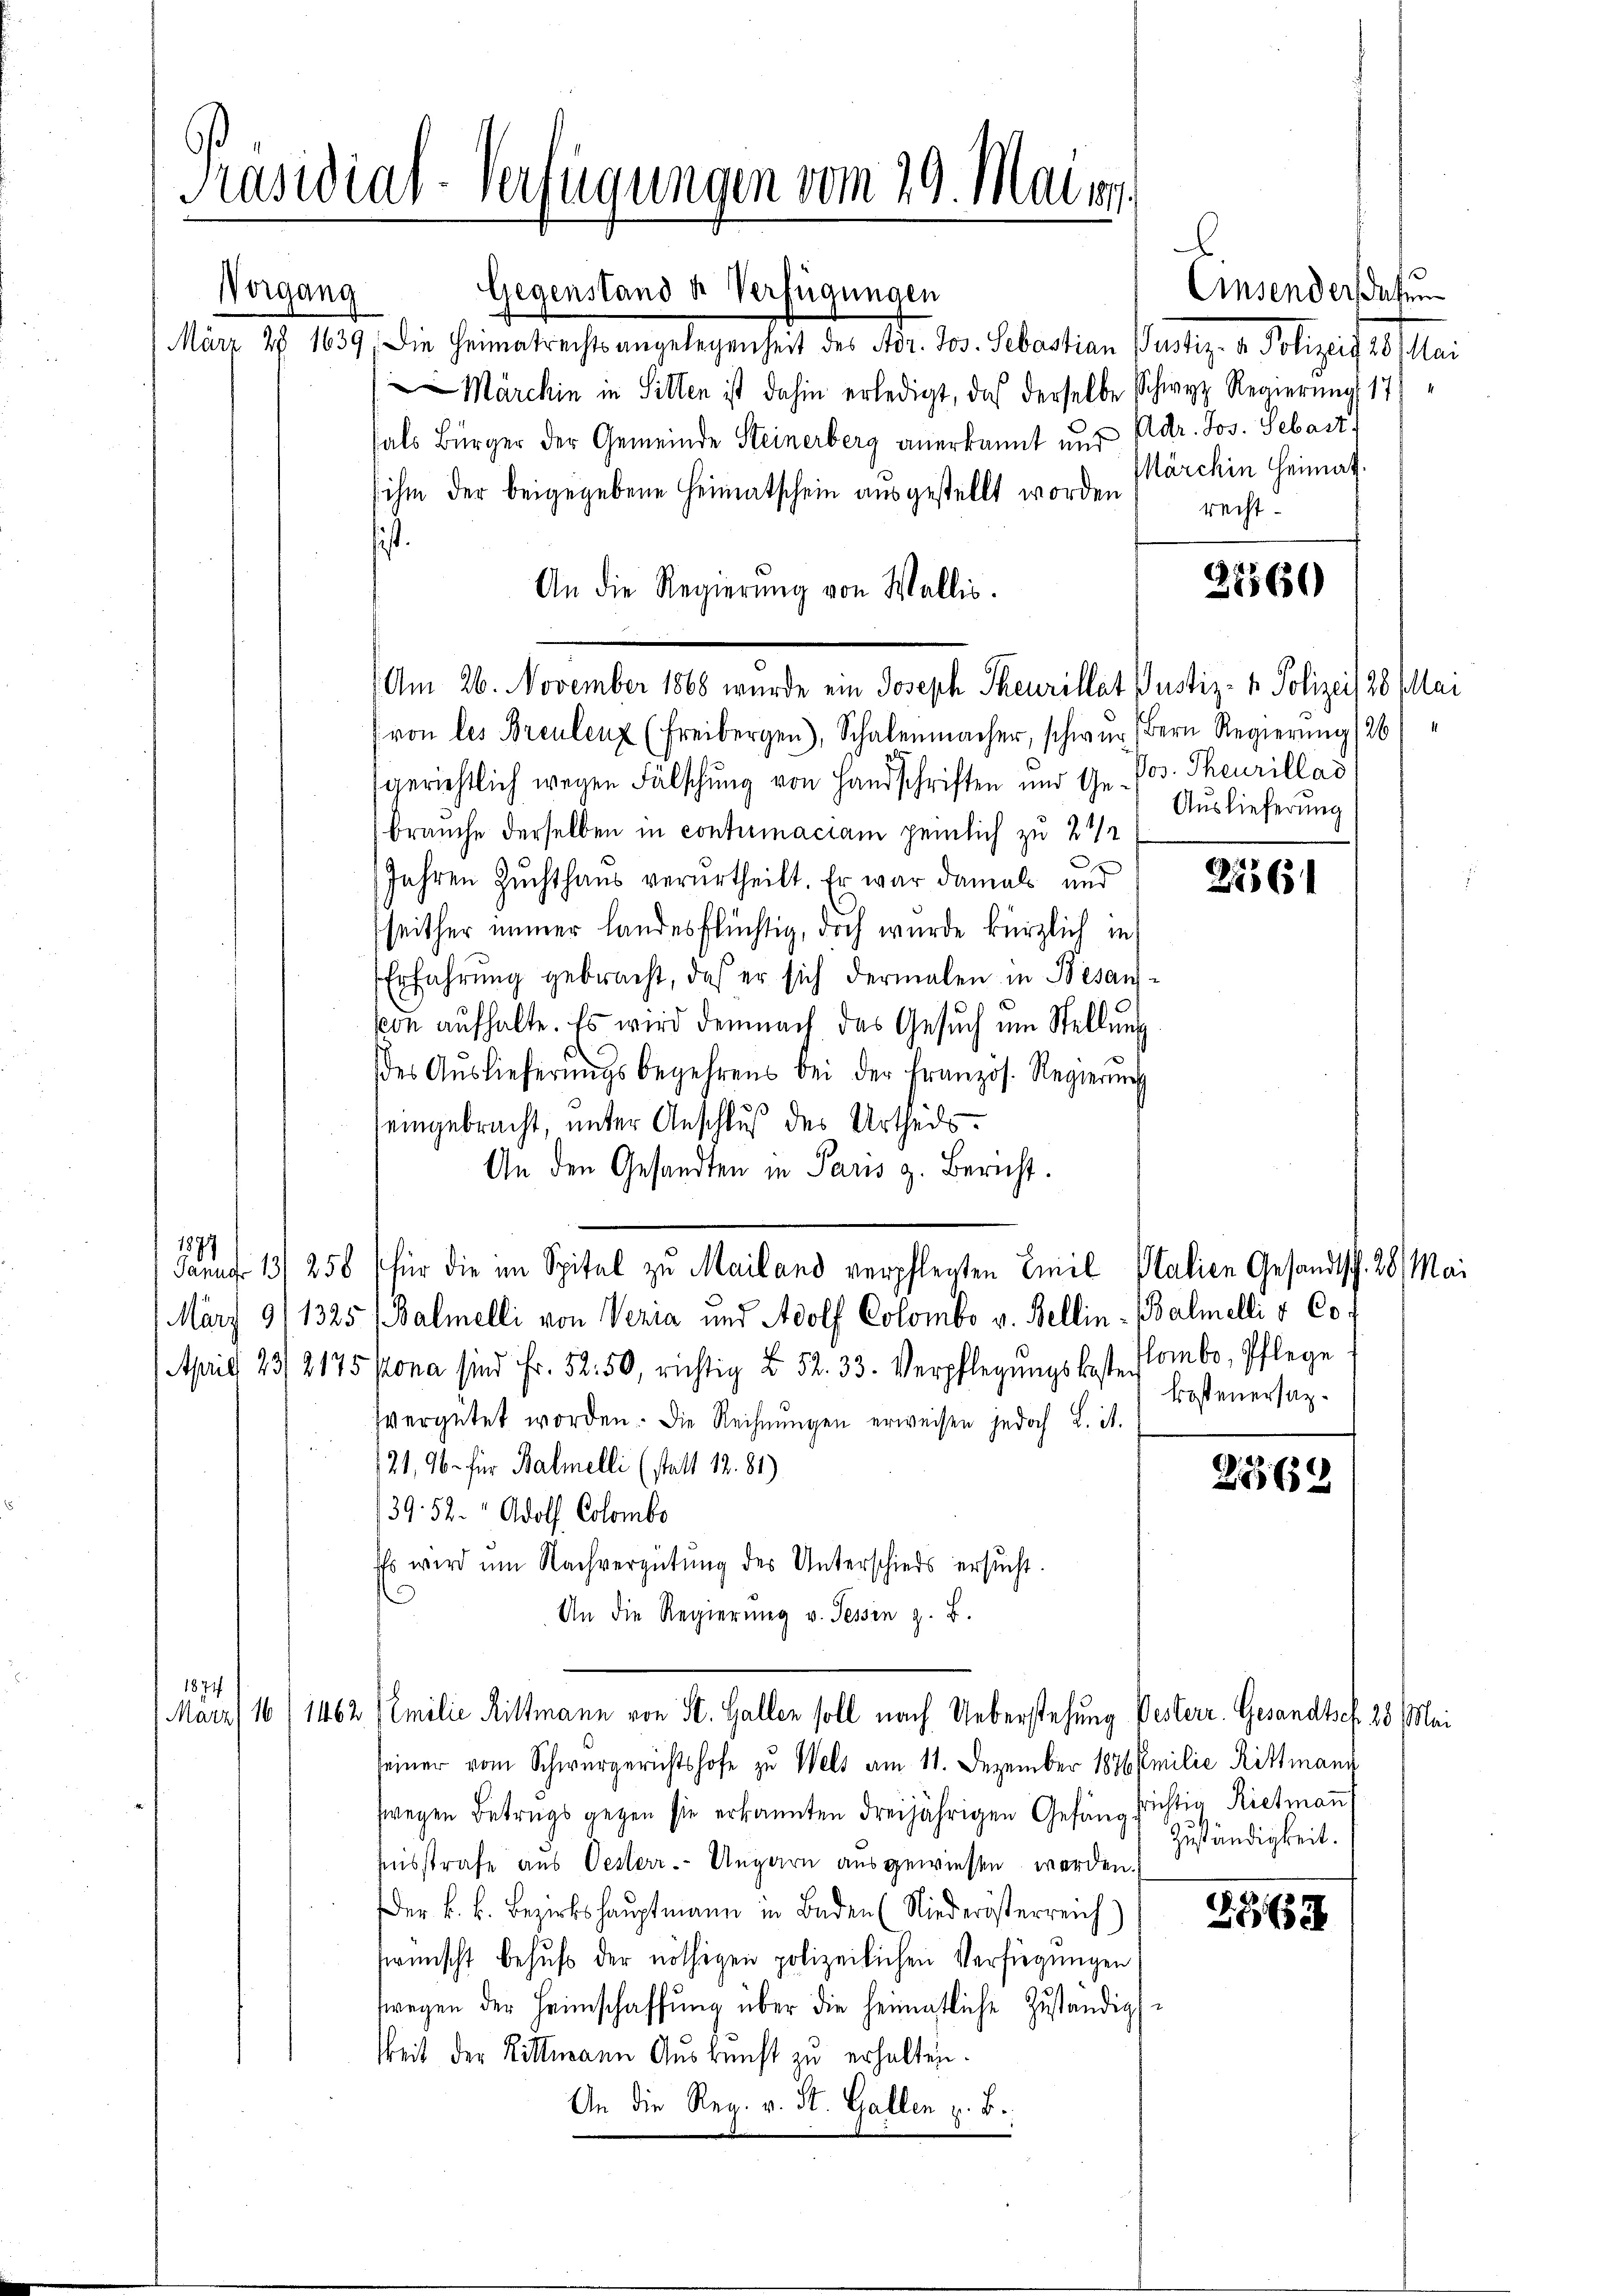
Präsidial-Verfügungen vom 29. Maien.

Gegenstand u. Verfügungen
Vorgang
Einsenderatun
März 28. 1639, die Heimatrechtsangelegenheit des Nor. Jos. Sebastian Pustiz- & Polizeit 28 Mai
Märchin in Sitten ist dahin erledigt, daß derselbe Schwyz Regierung 17
fals Bürger der Gemeinde Steinerberg anerkannt nur Adr. Jos. Sebast
Märchin Heimat.
ihm der beigegebene Heimatschein ausgestellt worden recht¬
An die Regierŭng von Wallis.
Am 26. November 1868 wurde ein Joseph Theurillat Justiz- & Polizeit 28 plai
(von les Breulenz (Freibergen), Schalenmacher, schwur Bern Regierŭng (26
gerichtlich wegen Fälschung von Handschriften und Ge- Jos. Theurillas
brauche derselben in contirmaciam pemlich zu 2 1/2
Jahren Zuchthaus verurtheilt. Er war damals und
seither immer landesflüchtig, doch wurde kürzlich in
Erfahrung gebracht, daß er sich dermalen in Besanvon aufhalte. Es wird demnach das Gesŭch um Stellung
des Aŭslieferŭngsbegehrens bei der Französ. Regierung
eingebracht, unter Anschluß des Urtheils.
An den Gesandten in Paris z. Bericht.
1897
Januar 13/ 258 (für die im Spitel zu Mailand verpflegten Emil Stalien Gesandtsch. 28. Mai
März 911325 (Balmelli von Veria und Adolf Colombo v. Bellin-Balmelli v. Cof
April 23/2175 pona sind Fr. 52. 50, richtig u. 52. 33. Verpflegŭngskosten Pombo, Pflege
kostenersazvergütet worden. Die Rechnungen erweisen jedoch L. ist.
121, 96. für Balmelli (statt 12. 81)
2369
39. 52. " Adolf Colombo
Es wird um Nachvergütung des Unterschieds ersucht.
An die Regierung v. Tessin z. B.
1874.
Marz) 16 (1462 Semilie Rittmann von St. Gallen soll nach Ueberstehung Pesterr. Gesandtscf. 28. Mai
seiner vom Schwurgerichtshofe zu Wels am 11. Dezember 1876 Emilie Rittmann
fwegen Betrugs gegen sie erkannten dreijährigen Gefänglichtig Rietman
Zuständigkeit.
fsstrafe aus Oesterr. Ungarn ausgewiesen werden.
Der k. k. Bezirkshauptmann in Baden (Niederösterreich)
562
swünscht behufs der nöthigen polizeilichen Verfügungen
wegen der Heimschaffŭng über die heimatliche Zŭständigs
keit der Sillmenen Auskunft zu erhalten.
An die Reg. v. St. Gallen z. B.

27560)

Auslieferung

276